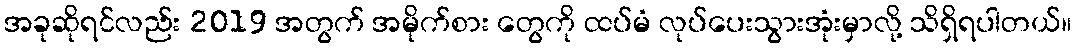
အခုဆိုရင်လည်း 2019 အတွက် အမိုက်စား တွေကို ထပ်မံ လုပ်ပေးသွားအုံးမှာလို့ သိရှိရပါတယ်။